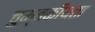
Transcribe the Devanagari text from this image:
चुम्बकीयता